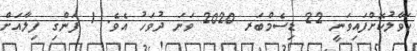
ހަވާލުކޮށްފައިވަނީ 22 ޑިސެމްބަރ 2020 ވަނަ ދުވަހު އެވެ. 1 ފަންގި ފިލާއަށް